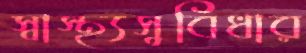
স্বাস্থ্যসুবিধার